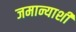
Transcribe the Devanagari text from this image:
जमान्याशी